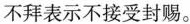
不拜表示不接受封赐。